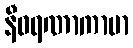
နီဝရဏာကာမာ